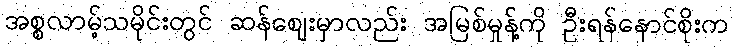
အစ္စလာမ့်သမိုင်းတွင် ဆန်ဈေးမှာလည်း အမြစ်မှုန့်ကို ဦးရန်နောင်စိုးက